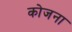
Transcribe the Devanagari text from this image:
कोजना